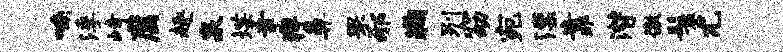
喃浮峙腐趣泉堞聿痒鼻罘邪鞠别窈宛漂靠潜徼鬟尤